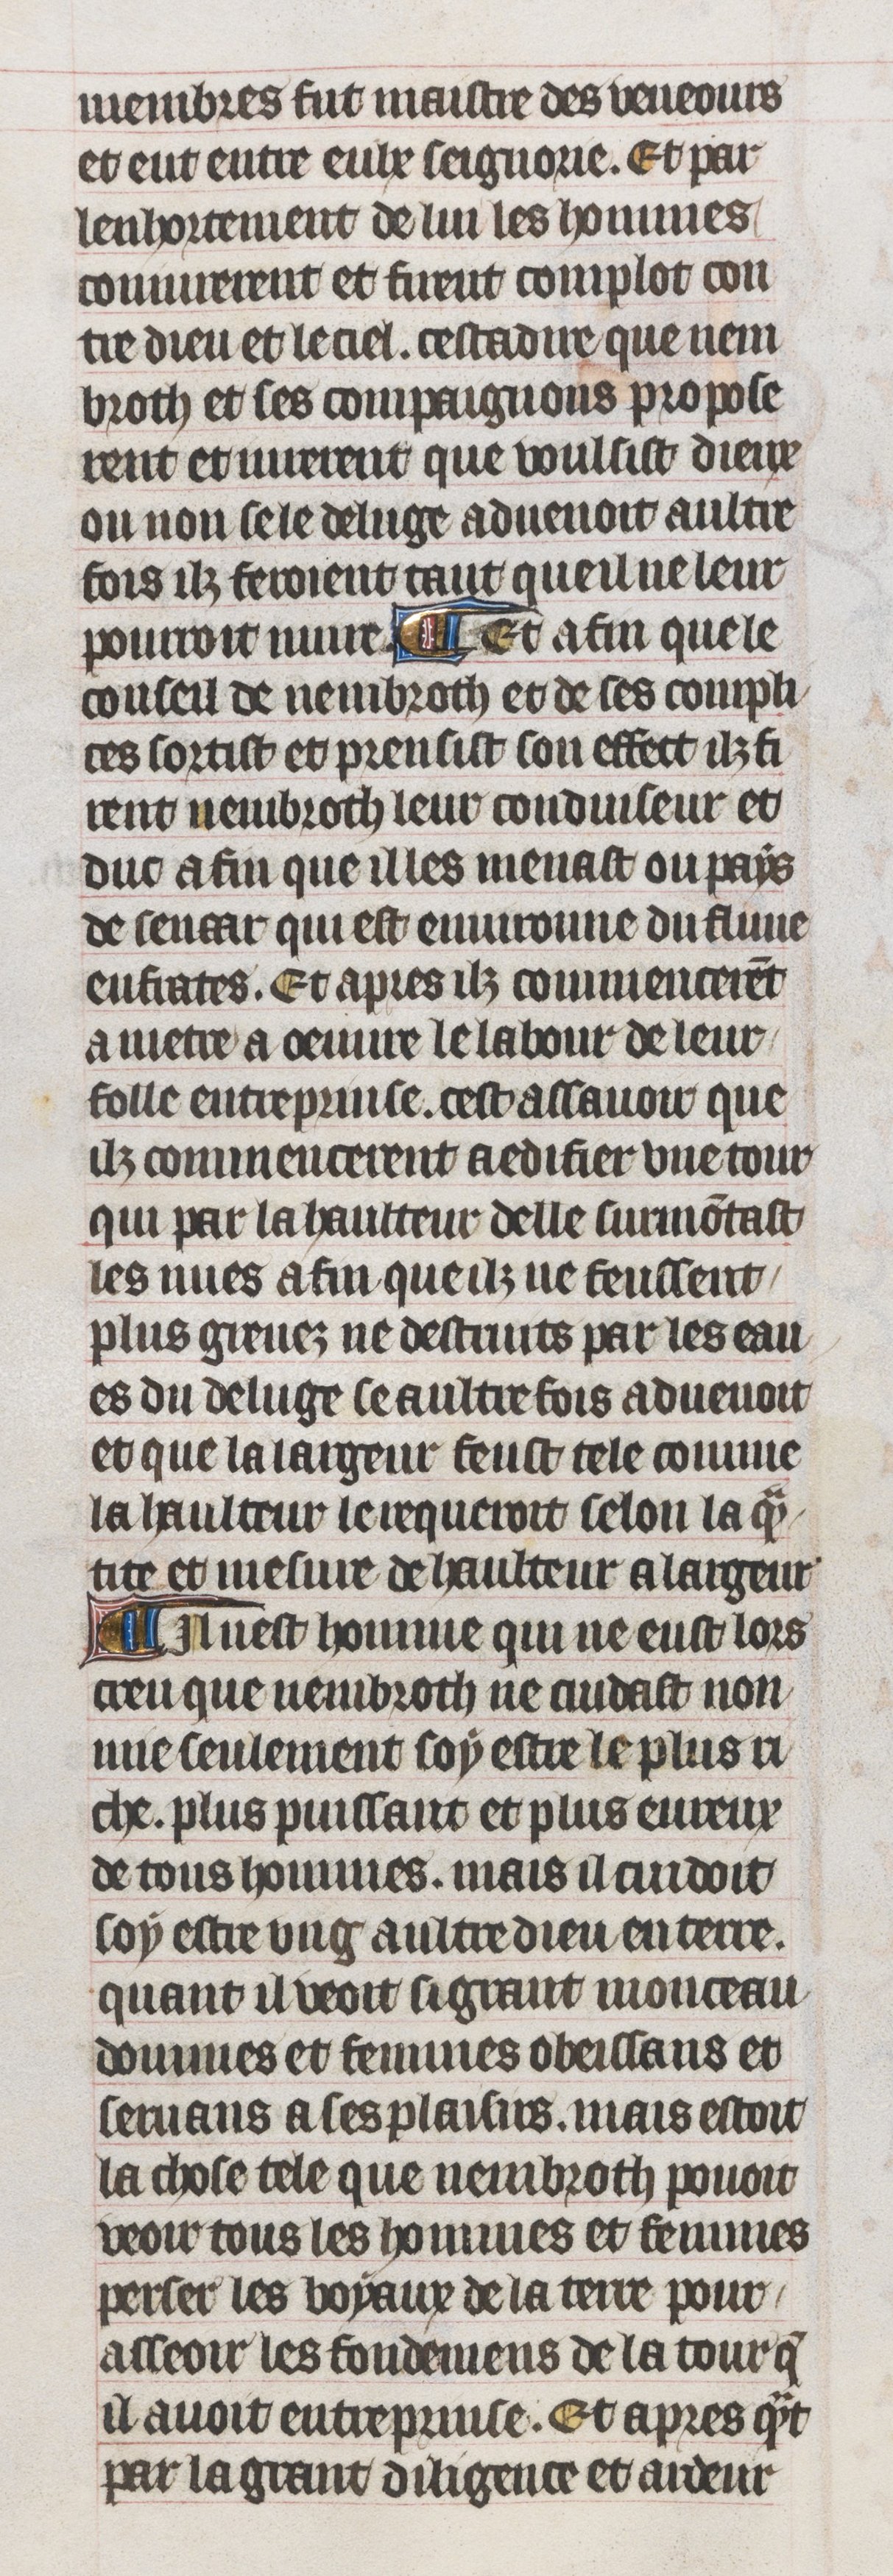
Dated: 1395–1425